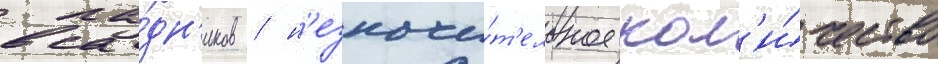
вса́дн'иков / н'езначи́т'ельное кол'и́чество